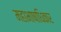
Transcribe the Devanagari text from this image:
महाभाषाधिकार